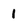
Character: 1